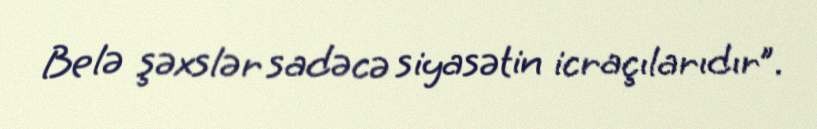
Belə şəxslər sadəcə siyasətin icraçılarıdır”.